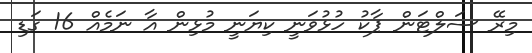
މިރޭ ސަލްޓަން ޕާކު ހުޅުވަނީ ކިޔަނީ މުޅިން އާ ނަމެއް 16 ގަޑި